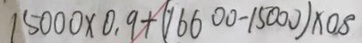
1 5 0 0 0 \times 0 . 9 + ( 1 6 6 0 0 - 1 5 0 0 0 ) \times 0 . 8